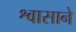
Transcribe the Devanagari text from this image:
श्वासाने